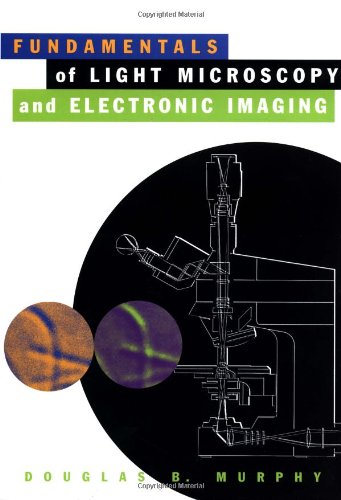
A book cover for Fundamentals of Light Microscopy and Electronic Imaging; Douglas B. Murphy; Science & Math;